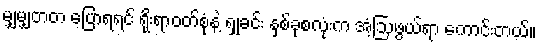
မျှမျှတတ ပြောရရင် ရိုးရာဝတ်စုံနဲ့ ရှုခင်း နှစ်ခုစလုံးက အံ့ဩဖွယ်ရာ ကောင်းတယ်။